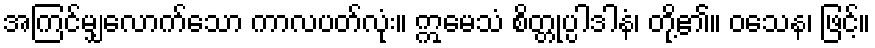
အကြင်မျှလောက်သော ကာလပတ်လုံး။ ဣမေသံ စိတ္တုပ္ပါဒါနံ၊ တို့၏။ ဝသေန၊ ဖြင့်။